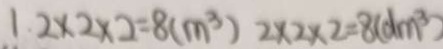
1 . 2 \times 2 \times 2 = 8 ( m ^ { 3 } ) 2 \times 2 \times 2 = 8 ( d m ^ { 3 } )